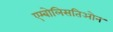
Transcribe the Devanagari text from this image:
एम्बोलिसतिओन